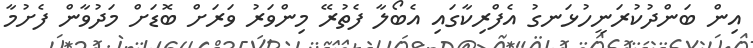
އިން ބަންދުކުރަނީހުޅަނގު އެފްރިކާގައި އެބޯލާ ފެތުރޭ މިންވަރު ވަަރަށް ބޮޑަަށް މަދުވާން ފެށުމާ